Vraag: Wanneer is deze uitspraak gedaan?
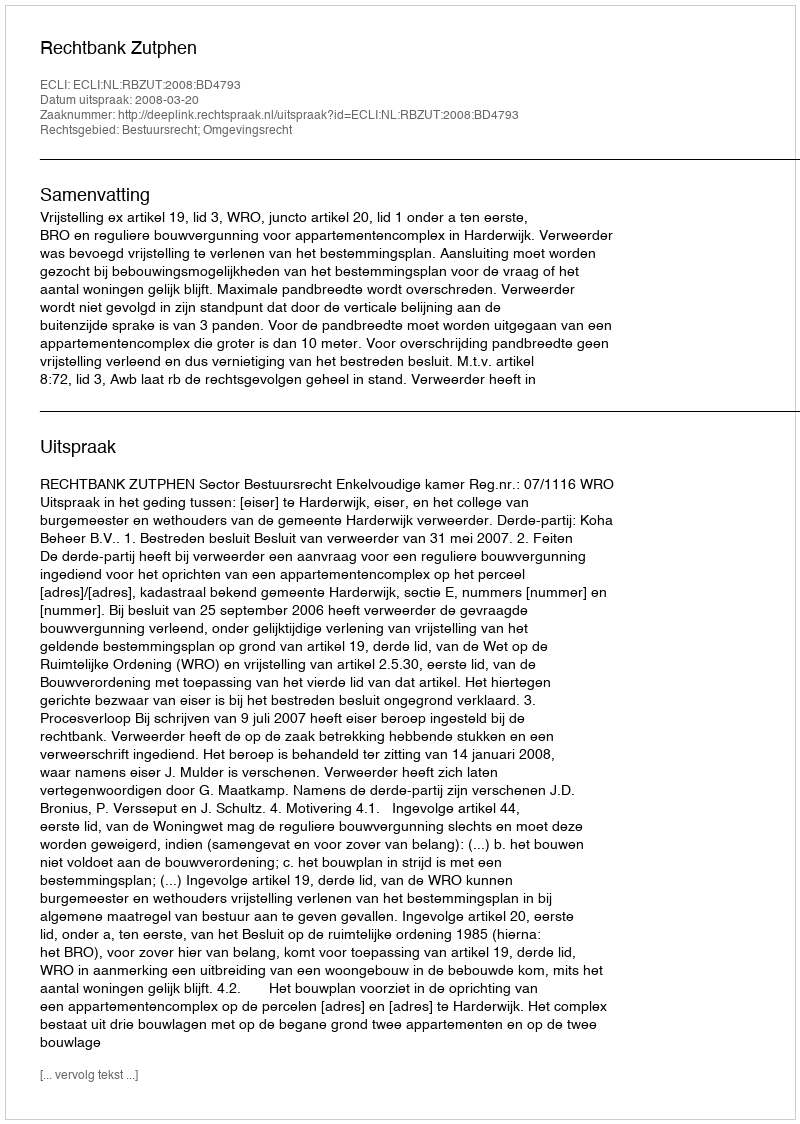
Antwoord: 2008-03-20